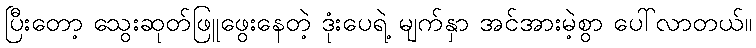
ပြီးတော့ သွေးဆုတ်ဖြူဖွေးနေတဲ့ ဒုံးပေရဲ့ မျက်နှာ အင်အားမဲ့စွာ ပေါ်လာတယ်။